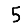
Digit: 5